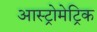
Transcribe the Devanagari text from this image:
आस्ट्रोमेट्रिक